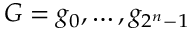
G = g _ { 0 } , \ldots , g _ { 2 ^ { n } - 1 }